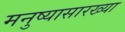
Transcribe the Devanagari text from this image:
मनुष्यासारख्या